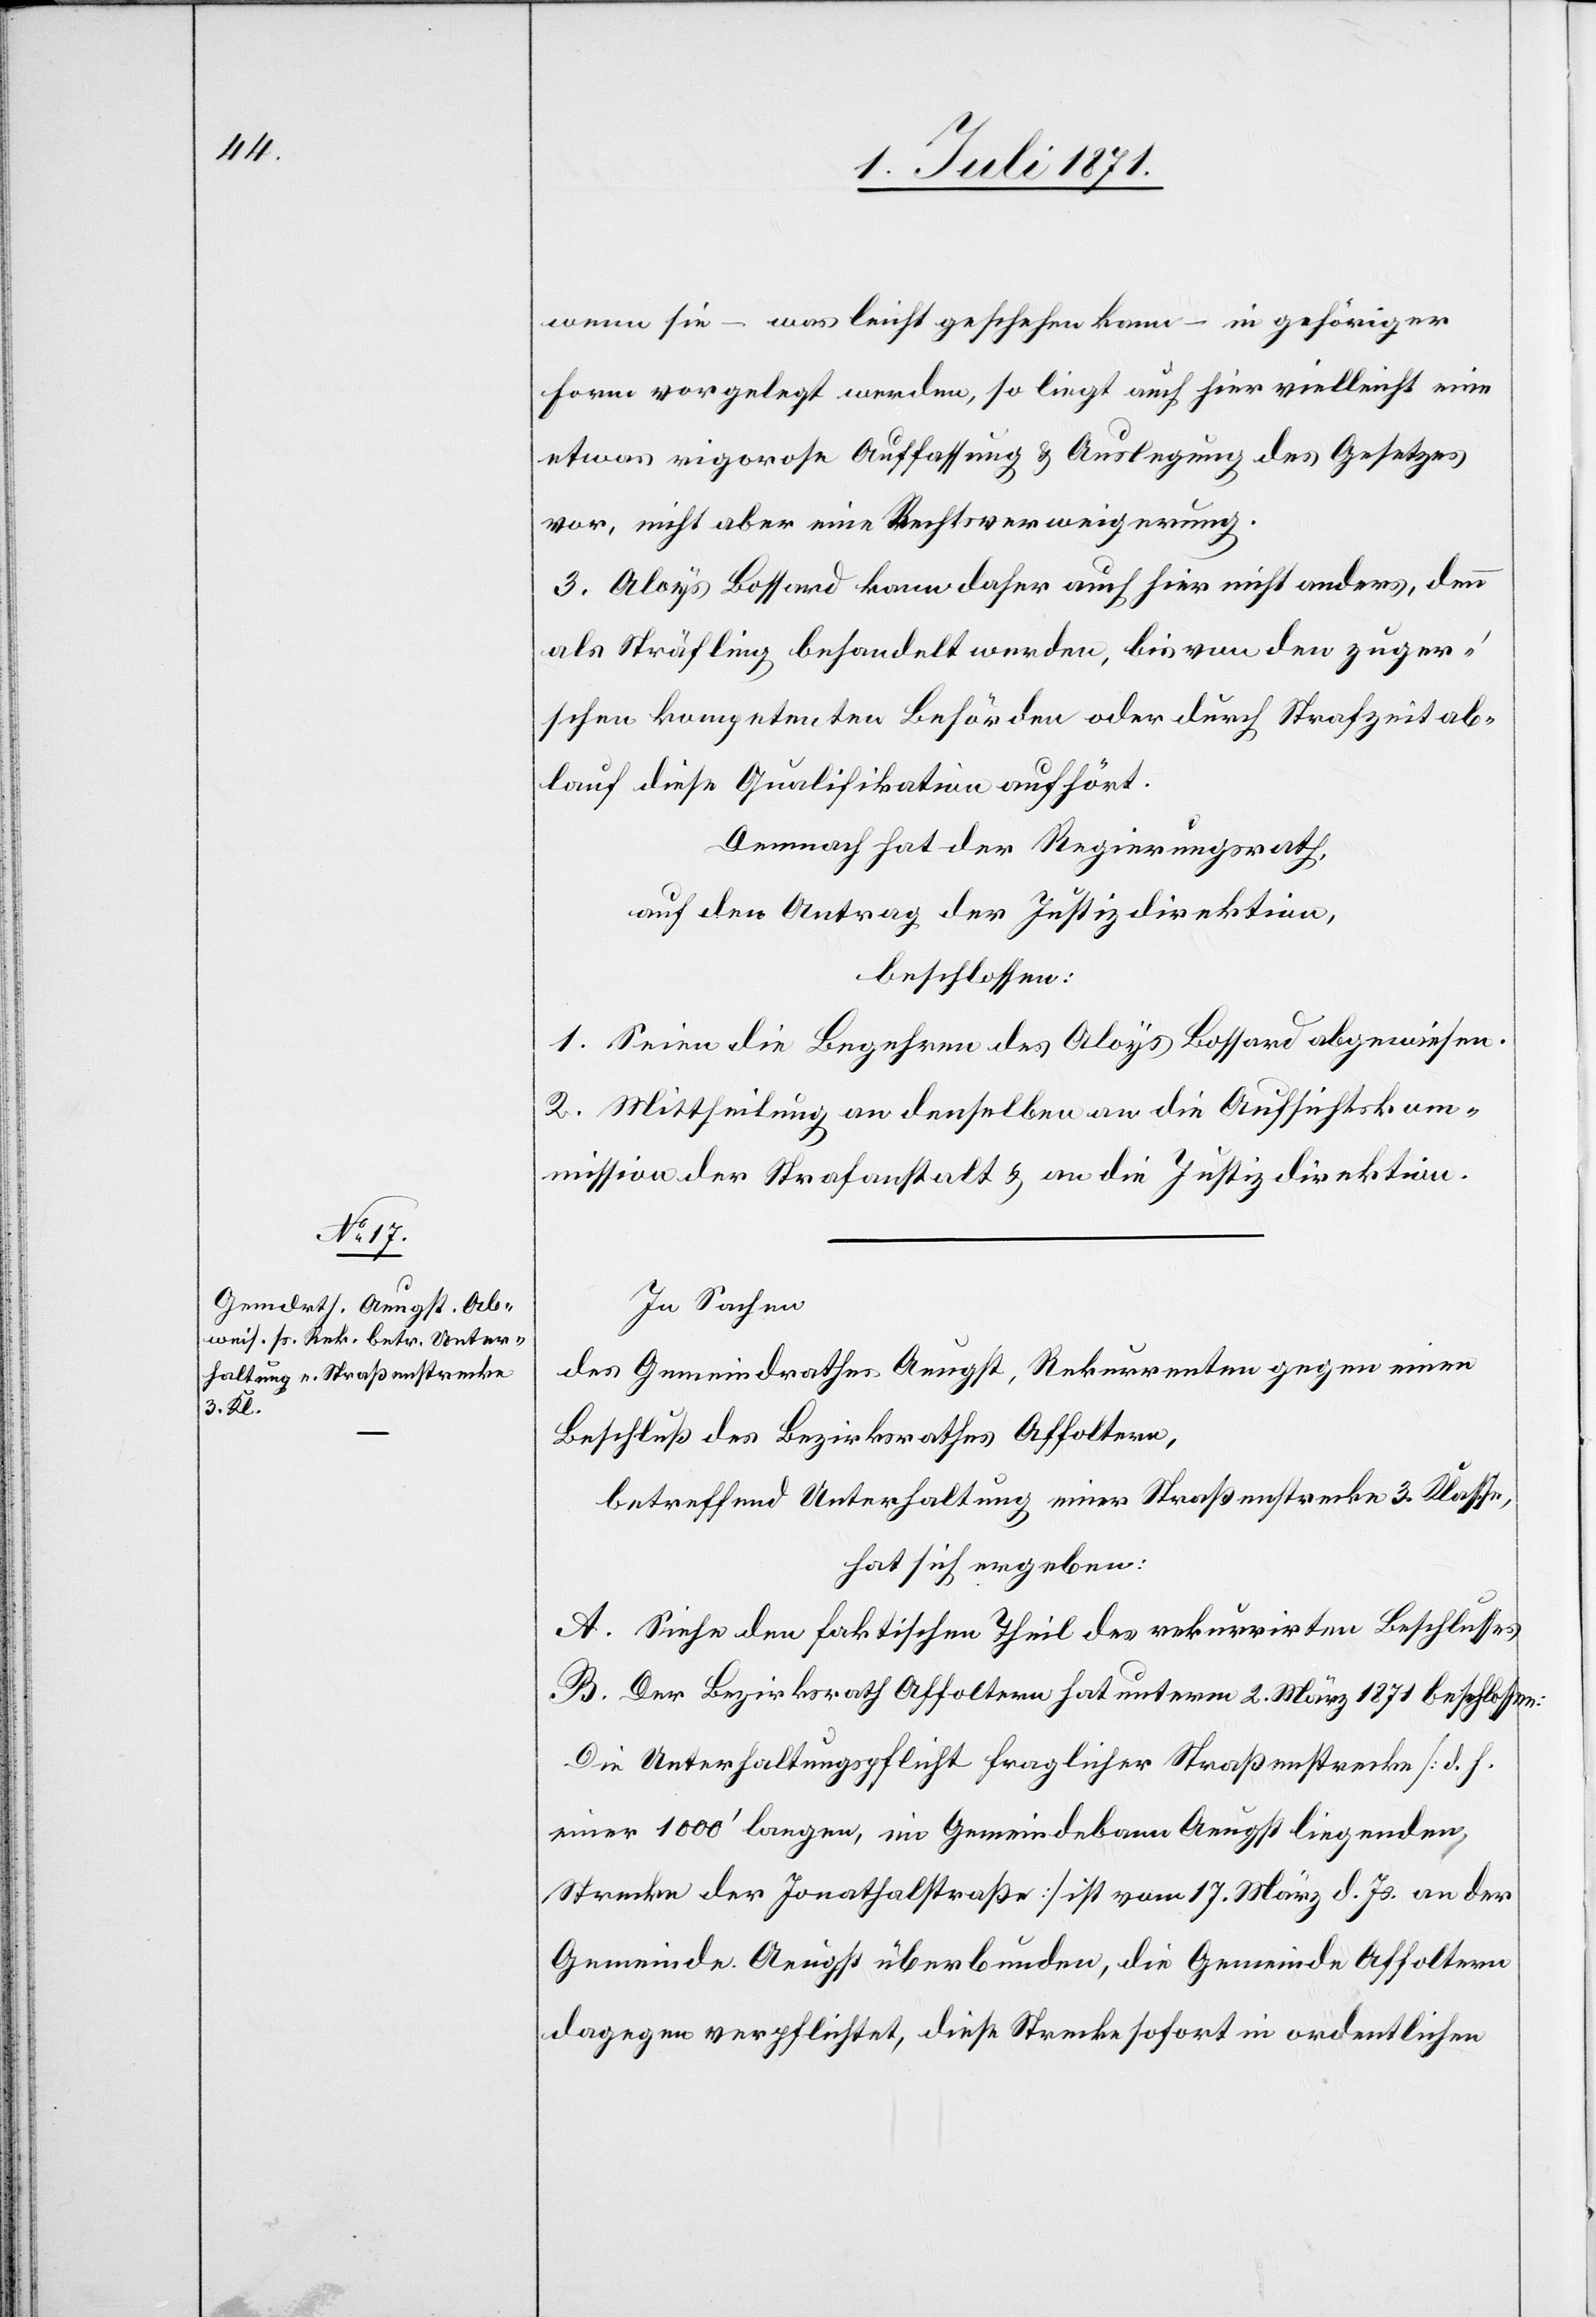
wenn sie – was leicht geschehen kann – in gehöriger
Form vorgelegt werden, so liegt auch hier vielleicht eine
etwas rigorose Auffassung u. Auslegung des Gesetzes
vor, nicht aber eine Rechtsverweigerung.
3. Aloys Bossard kann daher auch hier nicht anders, denn
als Sträfling behandelt werden, bis von den zuger’s¬
chen kompetenten Behörden oder durch Strafzeitab¬
lauf diese Qualifikation aufhört.
Demnach hat der Regierungsrath,
auf den Antrag der Justizdirektion,
beschlossen:
1. Seien die Begehren des Aloys Bossard abgewiesen.
2. Mittheilung an denselben an die Aufsichtskom¬
mission der Strafanstalt u. an die Justizdirektion.
In Sachen
des Gemeindrathes Aeugst, Rekurrenten gegen einen
Beschluß des Bezirksrathes Affoltern,
betreffend Unterhaltung einer Straßenstrecke 3. Klasse,
hat sich ergeben:
A. Siehe den faktischen Theil des rekurrirten Beschlusses.
B. Der Bezirksrath Affoltern hat unterm 2. März 1871 beschlossen:
Die Unterhaltungspflicht fraglicher Straßenstrecke [d. h.
einer 1000’ langen, im Gemeindebann Aeugst liegenden
Strecke der Jonathalstraße] ist vom 17. März d. Js. an der
Gemeinde Aeugst überbunden, die Gemeinde Affoltern
dagegen verpflichtet, diese Strecke sofort in ordentlichen